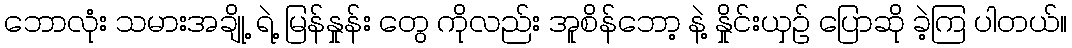
ဘောလုံး သမားအချို့ ရဲ့ မြန်နှုန်း တွေ ကိုလည်း အူစိန်ဘော့ နဲ့ နှိုင်းယှဉ် ပြောဆို ခဲ့ကြ ပါတယ်။